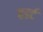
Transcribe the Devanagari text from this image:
हडर्ट